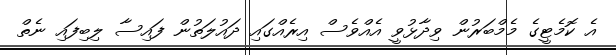
އެ ކޮމެޓީގެ މެމްބަރުން ވިދާޅުވީ އެއްވެސް އިރެއްގައި ދައުލަތުން ފައިސާ ލިބިފައި ނެތް